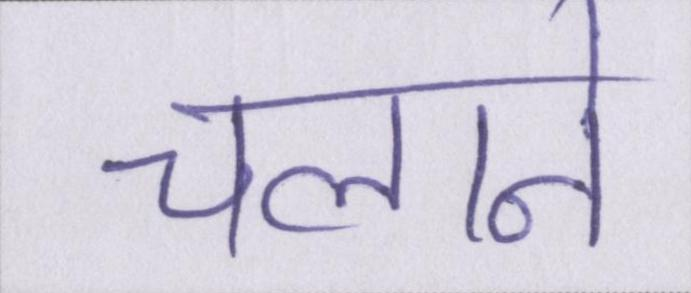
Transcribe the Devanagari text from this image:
चलाने